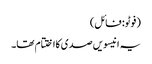
(فوٹو: فائل)
یہ انیسویں صدی کااختتام تھا۔